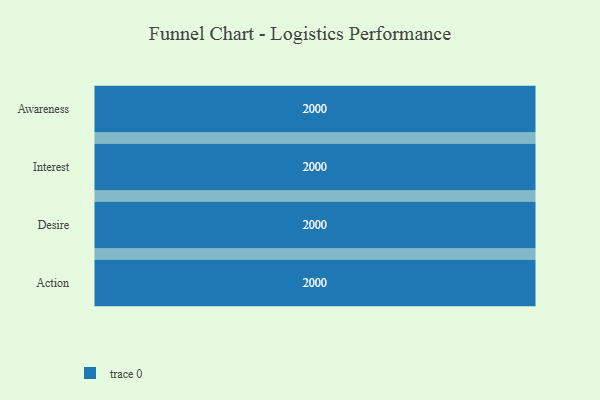
{"axis": {"x": "Stage", "y": "Value"}, "legend": [""], "data": [{"x": "Awareness", "y": 2000, "type": ""}, {"x": "Interest", "y": 2000, "type": ""}, {"x": "Desire", "y": 2000, "type": ""}, {"x": "Action", "y": 2000, "type": ""}]}